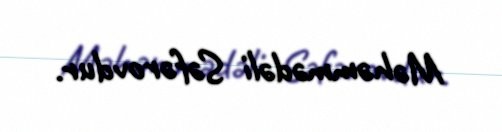
Məhəmmədəli Səfərovdur.